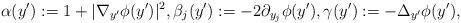
LaTeX: \begin{align*}\alpha(y') := 1+|\nabla_{y^\prime} \phi(y')|^2,\beta_j(y') := -2 \partial_{y_j} \phi(y^\prime),\gamma (y'):= - \Delta_{y'}\phi(y^\prime),\end{align*}